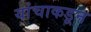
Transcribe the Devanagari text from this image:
यांचाकडून